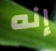
إنه